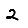
Digit: 2